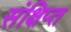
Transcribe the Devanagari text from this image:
संक्षिप्‍त